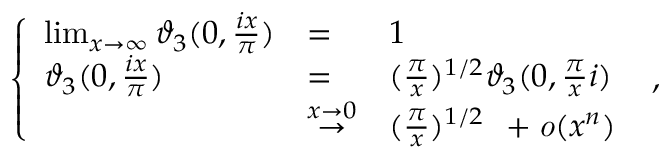
\left\{ \begin{array} { l l l } { { \operatorname * { l i m } _ { x \to \infty } \vartheta _ { 3 } ( 0 , \frac { i x } { \pi } ) } } & { { = } } & { { 1 } } \\ { { \vartheta _ { 3 } ( 0 , \frac { i x } { \pi } ) } } & { { = } } & { { ( \frac { \pi } { x } ) ^ { 1 / 2 } \vartheta _ { 3 } ( 0 , \frac { \pi } { x } i ) } } \\ { { } } & { { \stackrel { x \to 0 } { \rightarrow } } } & { { ( \frac { \pi } { x } ) ^ { 1 / 2 } \: \: + { \it o } ( x ^ { n } ) } } \end{array} \right. \ ,